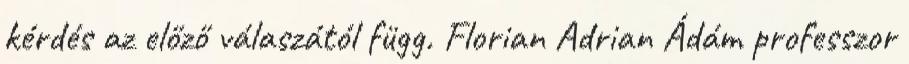
kérdés az előző válaszától függ. Florian Adrian Ádám professzor